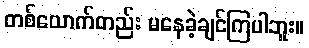
တစ်ယောက်တည်း မနေခဲ့ချင်ကြပါဘူး။